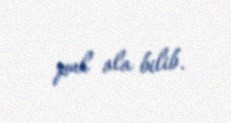
pul ala bilib.